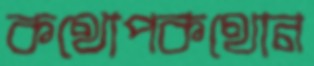
কথোপকথোন